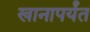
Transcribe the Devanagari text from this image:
खानापर्यंत